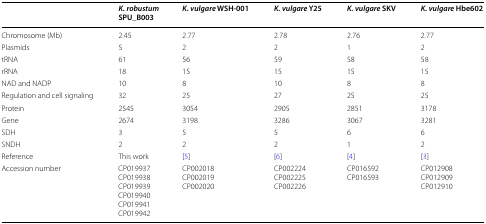
|  | K. robustum SPU_B003 | K. vulgare WSH-001 | K. vulgare Y25 | K. vulgare SKV | K. vulgare Hbe602 |
 | --- | --- | --- | --- | --- | --- |
 | Chromosome (Mb) | 2.45 | 2.77 | 2.78 | 2.76 | 2.77 |
 | Plasmids | 5 | 2 | 2 | 1 | 2 |
 | tRNA | 61 | 56 | 59 | 58 | 58 |
 | rRNA | 18 | 15 | 15 | 15 | 15 |
 | NAD and NADP | 10 | 8 | 10 | 8 | 8 |
 | Regulation and cell signaling | 32 | 25 | 27 | 25 | 25 |
 | Protein | 2545 | 3054 | 2905 | 2851 | 3178 |
 | Gene | 2674 | 3198 | 3286 | 3067 | 3281 |
 | SDH | 3 | 5 | 5 | 6 | 6 |
 | SNDH | 2 | 2 | 2 | 1 | 2 |
 | Reference | This work | [5] | [6] | [4] | [3] |
 | Accession number | CP019937CP019938CP019939CP019940CP019941CP019942 | CP002018CP002019CP002020 | CP002224CP002225CP002226 | CP016592CP016593 | CP012908CP012909CP012910 |